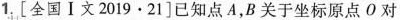
1[全国Ⅰ文2019·21]已知点A，B关于坐标原点O对